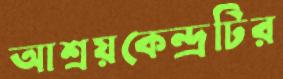
আশ্রয়কেন্দ্রটির